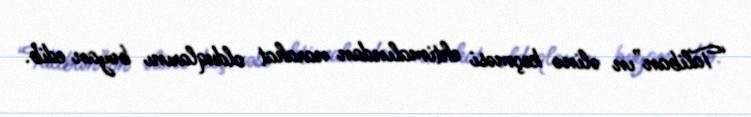
“Taliban”ın əlinə keçməsi ehtimalından narahat olduqlarını bəyan edib.